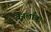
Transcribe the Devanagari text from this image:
वेनलॉक